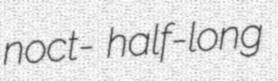
noct- half-long